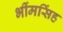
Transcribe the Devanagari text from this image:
भींमसिंह